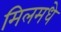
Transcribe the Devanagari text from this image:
मिलमधे